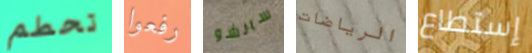
تحطم رفعوا سانشو الرياضات إستطاع